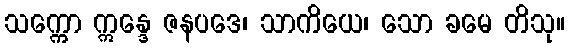
သက္ကော ဣန္ဒေ ဇနပဒေ၊ သာကိယေ၊ သော ခမေ တိသု။